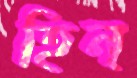
হিন্